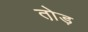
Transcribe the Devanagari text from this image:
तो़ड़